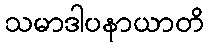
သမာဒါပနာယာတိ